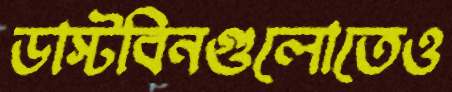
ডাস্টবিনগুলোতেও